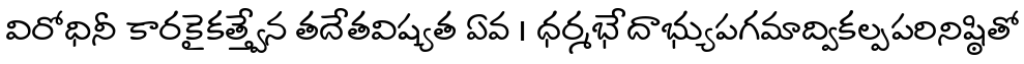
విరోధినీ కారకైకత్త్వేన తదేతవిష్యత ఏవ । ధర్మభేదాభ్యుపగమాద్వికల్పపరినిష్ఠితో